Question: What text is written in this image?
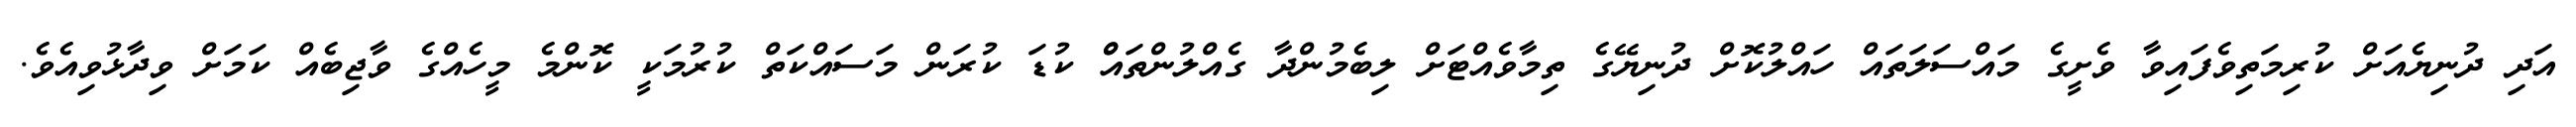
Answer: އަދި ދުނިޔެއަށް ކުރިމަތިވެފައިވާ ވެށީގެ މައްސަލަތައް ހައްލުކޮށް ދުނިޔޭގެ ތިމާވެއްޓަށް ލިބެމުންދާ ގެއްލުންތައްް ކުޑަ ކުރަން މަސައްކަތް ކުރުމަކީ ކޮންމެ މީހެއްގެ ވާޖިބެއް ކަމަށް ވިދާޅުވިއެވެ.